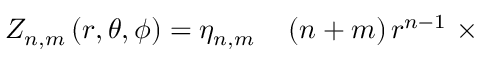
\begin{array} { r l } { Z _ { n , m } \left( r , \theta , \phi \right) = \eta _ { n , m } } & { { } \left( n + m \right) r ^ { n - 1 } \ \times } \end{array}